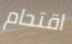
اقتحام